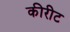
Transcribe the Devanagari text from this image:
कीरीट